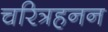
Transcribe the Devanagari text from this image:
चरित्रहनन